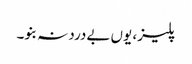
پلیز، یوں بےدرد نہ بنو۔